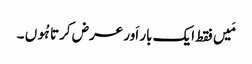
مَیں فقط ایک بار اَور عرض کرتا ہُوں ۔